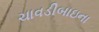
ચાવડીબાઇના